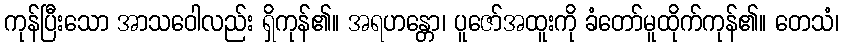
ကုန်ပြီးသော အာသဝေါလည်း ရှိကုန်၏။ အရဟန္တော၊ ပူဇော်အထူးကို ခံတော်မူထိုက်ကုန်၏။ တေသံ၊